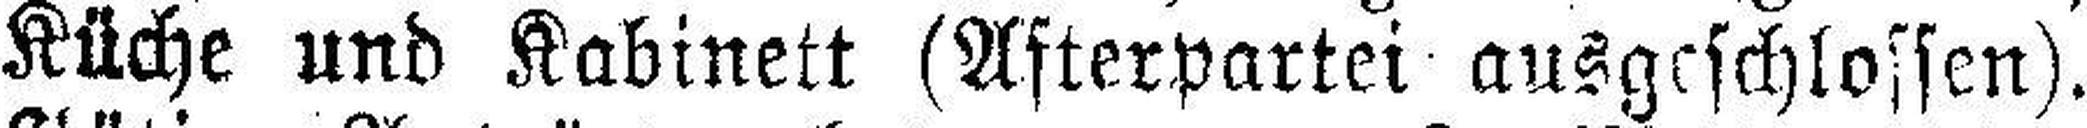
Küche und Kabinett (Afterpartei ausgeschlossen).